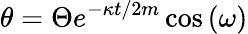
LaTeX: \theta=\Theta e^{-\kappa t/2m}\cos\left(\omega\right)